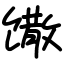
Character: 馓